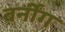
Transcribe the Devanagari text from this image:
बर्नींग